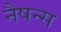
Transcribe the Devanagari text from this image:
नैषन्स